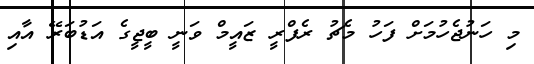
މި ހަނުޖެހުމަށް ފަހު މެޗު ރެފްރީ ޒައީމް ވަނީ ބީޖީގެ އަޑުބަރޭ އާއި